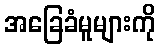
အခြေခံမူများကို